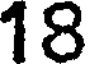
18